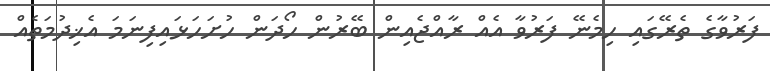
ފަރުވާގެ ތެރޭގައި ހިމެނޭ ފަރުވާ އެއް ރާއްޖެއިން ބޭރުން ހޯދަން ހުށަހަޅައިފިނަމަ އެޚިދުމަތެއް